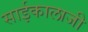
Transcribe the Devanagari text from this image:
साईकालाजी